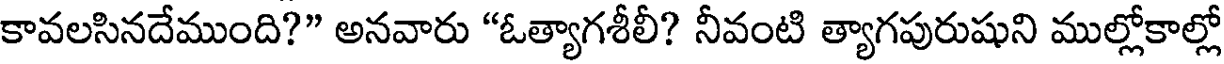
కావలసినదేముంది?" అనవారు "ఓత్యాగశీలీ? నీవంటి త్యాగపురుషుని ముల్లోకాల్లో